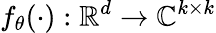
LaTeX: f_{\theta}(\cdot):\mathbb{R}^{d}\rightarrow\mathbb{C}^{k\times k}